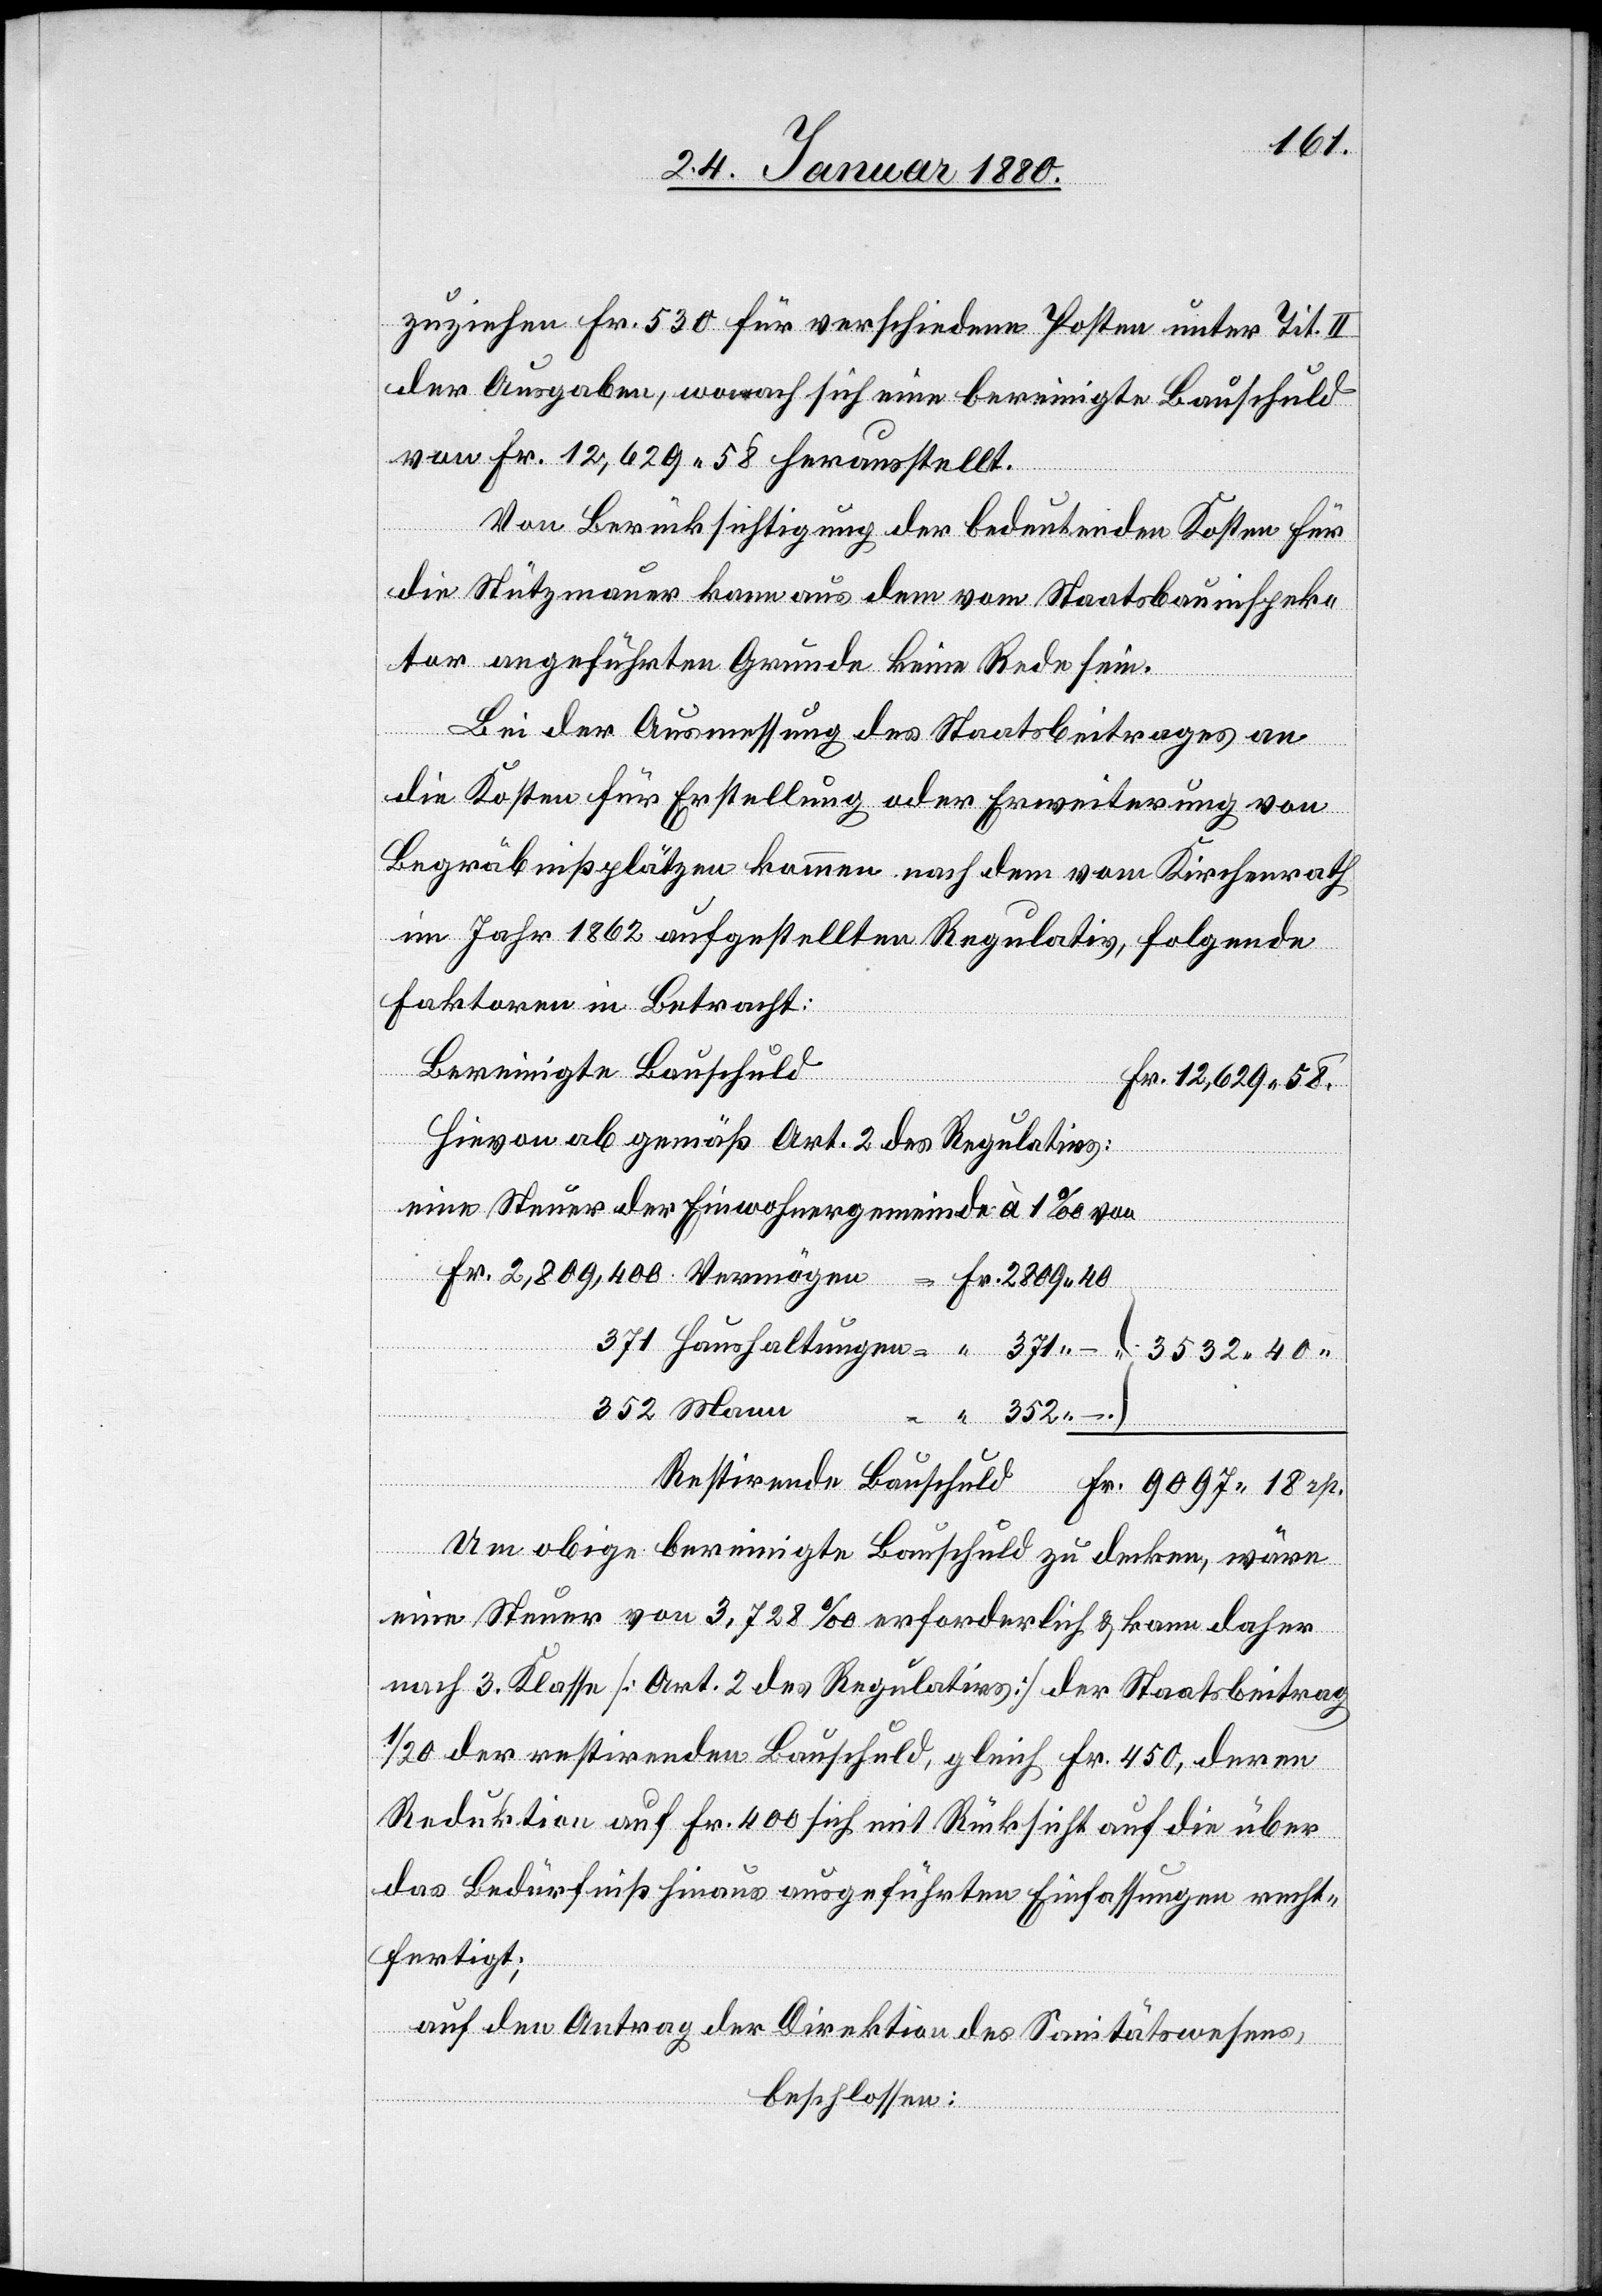
2809.
zuziehen Fr. 530 für verschiedene Posten unter Tit. II
der Ausgaben, wonach sich eine bereinigte Bauschuld
von Fr. 12, 629.58 herausstellt.
stirende
Von Berücksichtigung der bedeutenden Kosten für
die Stützmauer kann aus dem vom Staatsbauinspek¬
tor angeführten Grunde keine Rede sein.
Bei der Ausmessung des Staatsbeitrages an
40
die Kosten für Erstellung oder Erweiterung von
Begräbnißplätzen kommen nach dem vom Kirchenrath
im Jahr 1862 aufgestellten Regulativ, folgende
Faktoren in Betracht:
Bereinigte Bauschuld
Hievon ab gemäß Art. 2 des Regulativs:
eine Steuer der Einwohnergemeinde à 1‰
352 Mann
352.
–
rp.
Um obige bereinigte Bauschuld zu decken, wäre
eine Steuer von 3,728‰ erforderlich & kann daher
nach 3. Klasse [Art. 2 des Regulativs] der Staatsbeitrag
1/20 der restirenden Bauschuld, gleich Fr. 450, deren
Reduktion auf Fr. 400 sich mit Rücksicht auf die über
das Bedürfniß hinaus ausgeführten Einfassungen rechte¬
fertigt;
auf den Antrag der Direktion des Sanitätswesens,
beschlossen: